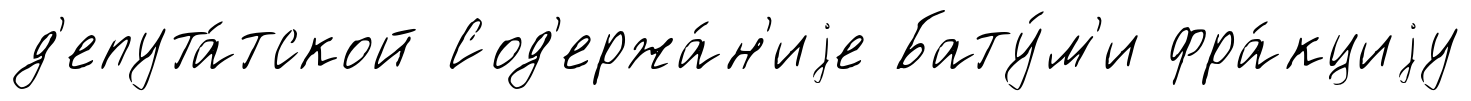
д'епута́тской Сод'ержа́н'иjе Бату́м'и фра́кциjу